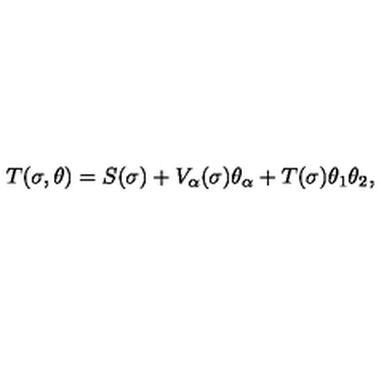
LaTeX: T ( \sigma , \theta ) = S ( \sigma ) + V _ { \alpha } ( \sigma ) \theta _ { \alpha } + T ( \sigma ) \theta _ { 1 } \theta _ { 2 } \nonumber ,